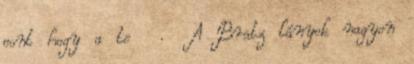
pont hogy a te . A Bratz lányok nagyon